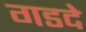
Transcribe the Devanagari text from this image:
गडदे